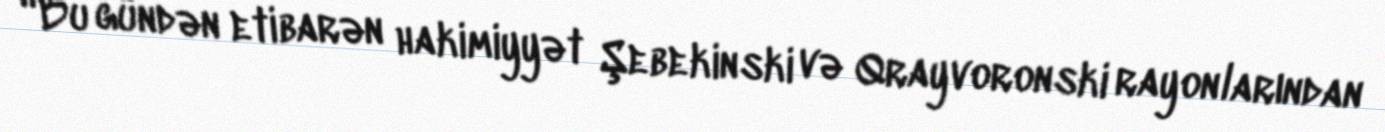
“Bu gündən etibarən hakimiyyət Şebekinski və Qrayvoronski rayonlarından